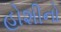
હોશીનો